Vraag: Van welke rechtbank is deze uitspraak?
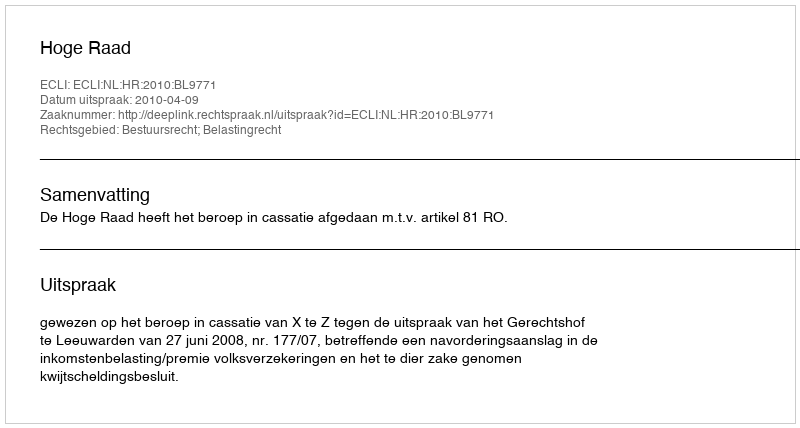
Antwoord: Hoge Raad